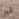
لم